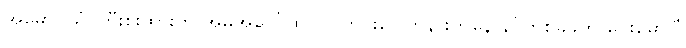
အမှောင်ယံ ကြီးစိုးထားတဲ အိမ်အပေါ်ထပ် ပြတင်းပေါက်နားကနေ နင်တစ်ခုခုကို ငေးမောပြီ